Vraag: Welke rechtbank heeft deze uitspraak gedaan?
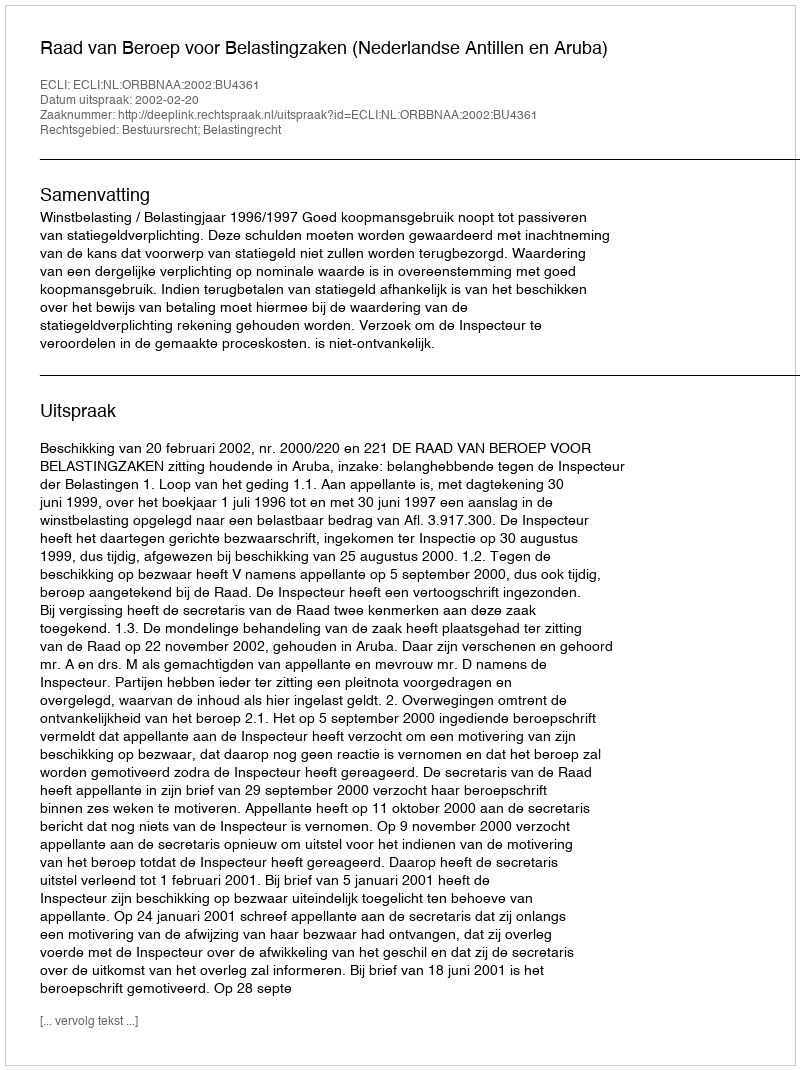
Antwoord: Raad van Beroep voor Belastingzaken (Nederlandse Antillen en Aruba)